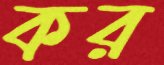
কর